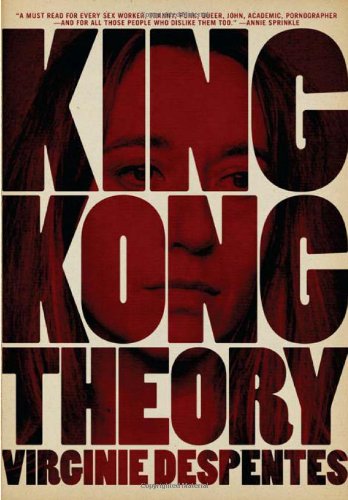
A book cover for King Kong Theory; Virginie Despentes; Politics & Social Sciences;